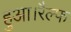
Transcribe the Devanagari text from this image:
हुआ।रैल्फ